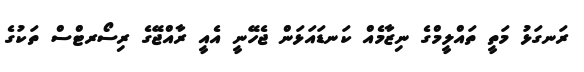
ރަނގަޅު މަތީ ތައްލީމްގެ ނިޒާމެއް ކަނޑައަޅަން ޖެހޭނީ އެއީ ރާއްޖޭގެ ރިސޯރޓްސް ތަކުގެ